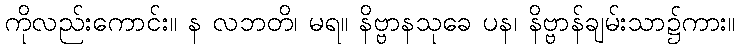
ကိုလည်းကောင်း။ န လဘတိ၊ မရ။ နိဗ္ဗာနသုခေ ပန၊ နိဗ္ဗာန်ချမ်းသာ၌ကား။